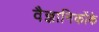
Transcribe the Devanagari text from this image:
वैज्ञानिकोंके